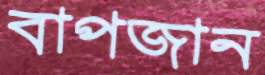
বাপজান